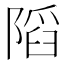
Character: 䧟